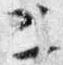
二